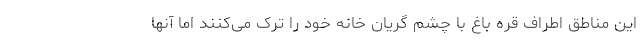
این مناطق اطراف قره باغ با چشم گریان خانه خود را ترک می‌کنند اما آنها